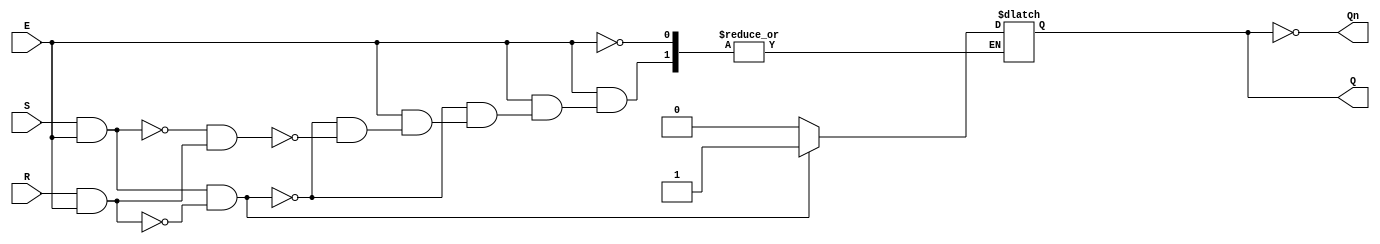
module gated_sr_latch (
    input wire S,      // Set input
    input wire R,      // Reset input
    input wire E,      // Enable input
    output reg Q,      // Output Q
    output wire Qn     // Complementary output Q'
);

// Internal signals
wire S_gated;
wire R_gated;

// Gated inputs based on Enable signal
assign S_gated = S & E;  // Set is active when E is high
assign R_gated = R & E;  // Reset is active when E is high

// Always block to implement the latch behavior
always @(*) begin
    if (E) begin
        if (S_gated && !R_gated) begin
            Q = 1;  // Set Q to 1
        end else if (!S_gated && R_gated) begin
            Q = 0;  // Reset Q to 0
        end
        // If both S_gated and R_gated are low, maintain the current state
        // If both S_gated and R_gated are high, this is an invalid state
    end
    // If E is low, retain the previous state (Q is unchanged)
end

// Complementary output
assign Qn = ~Q;

endmodule